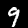
Label: 9